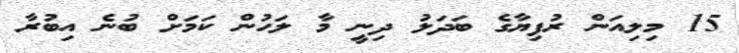
15 މިލިއަން ރުފިޔާގެ ބަދަލު ދިނީ މާ ލަހުން ކަމަށް ބުނެ އިބުރާ